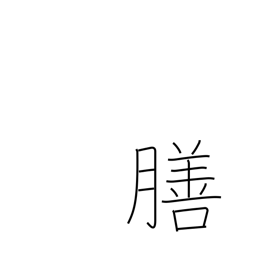
Meaning: tray